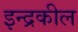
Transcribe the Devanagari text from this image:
इन्द्रकील